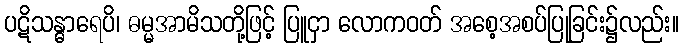
ပဋိသန္ဓာရေပိ၊ ဓမ္မအာမိသတို့ဖြင့် ပြူငှာ လောကဝတ် အစေ့အစပ်ပြုခြင်း၌လည်း။